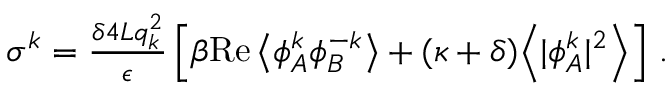
\begin{array} { r } { \sigma ^ { k } = \frac { \delta 4 L q _ { k } ^ { 2 } } { \epsilon } \left[ \beta \mathrm { R e } \left\langle { \phi } _ { A } ^ { k } { \phi } _ { B } ^ { - k } \right\rangle + ( \kappa + \delta ) \Big \langle \vert { \phi } _ { A } ^ { k } \vert ^ { 2 } \Big \rangle \right] \, . } \end{array}